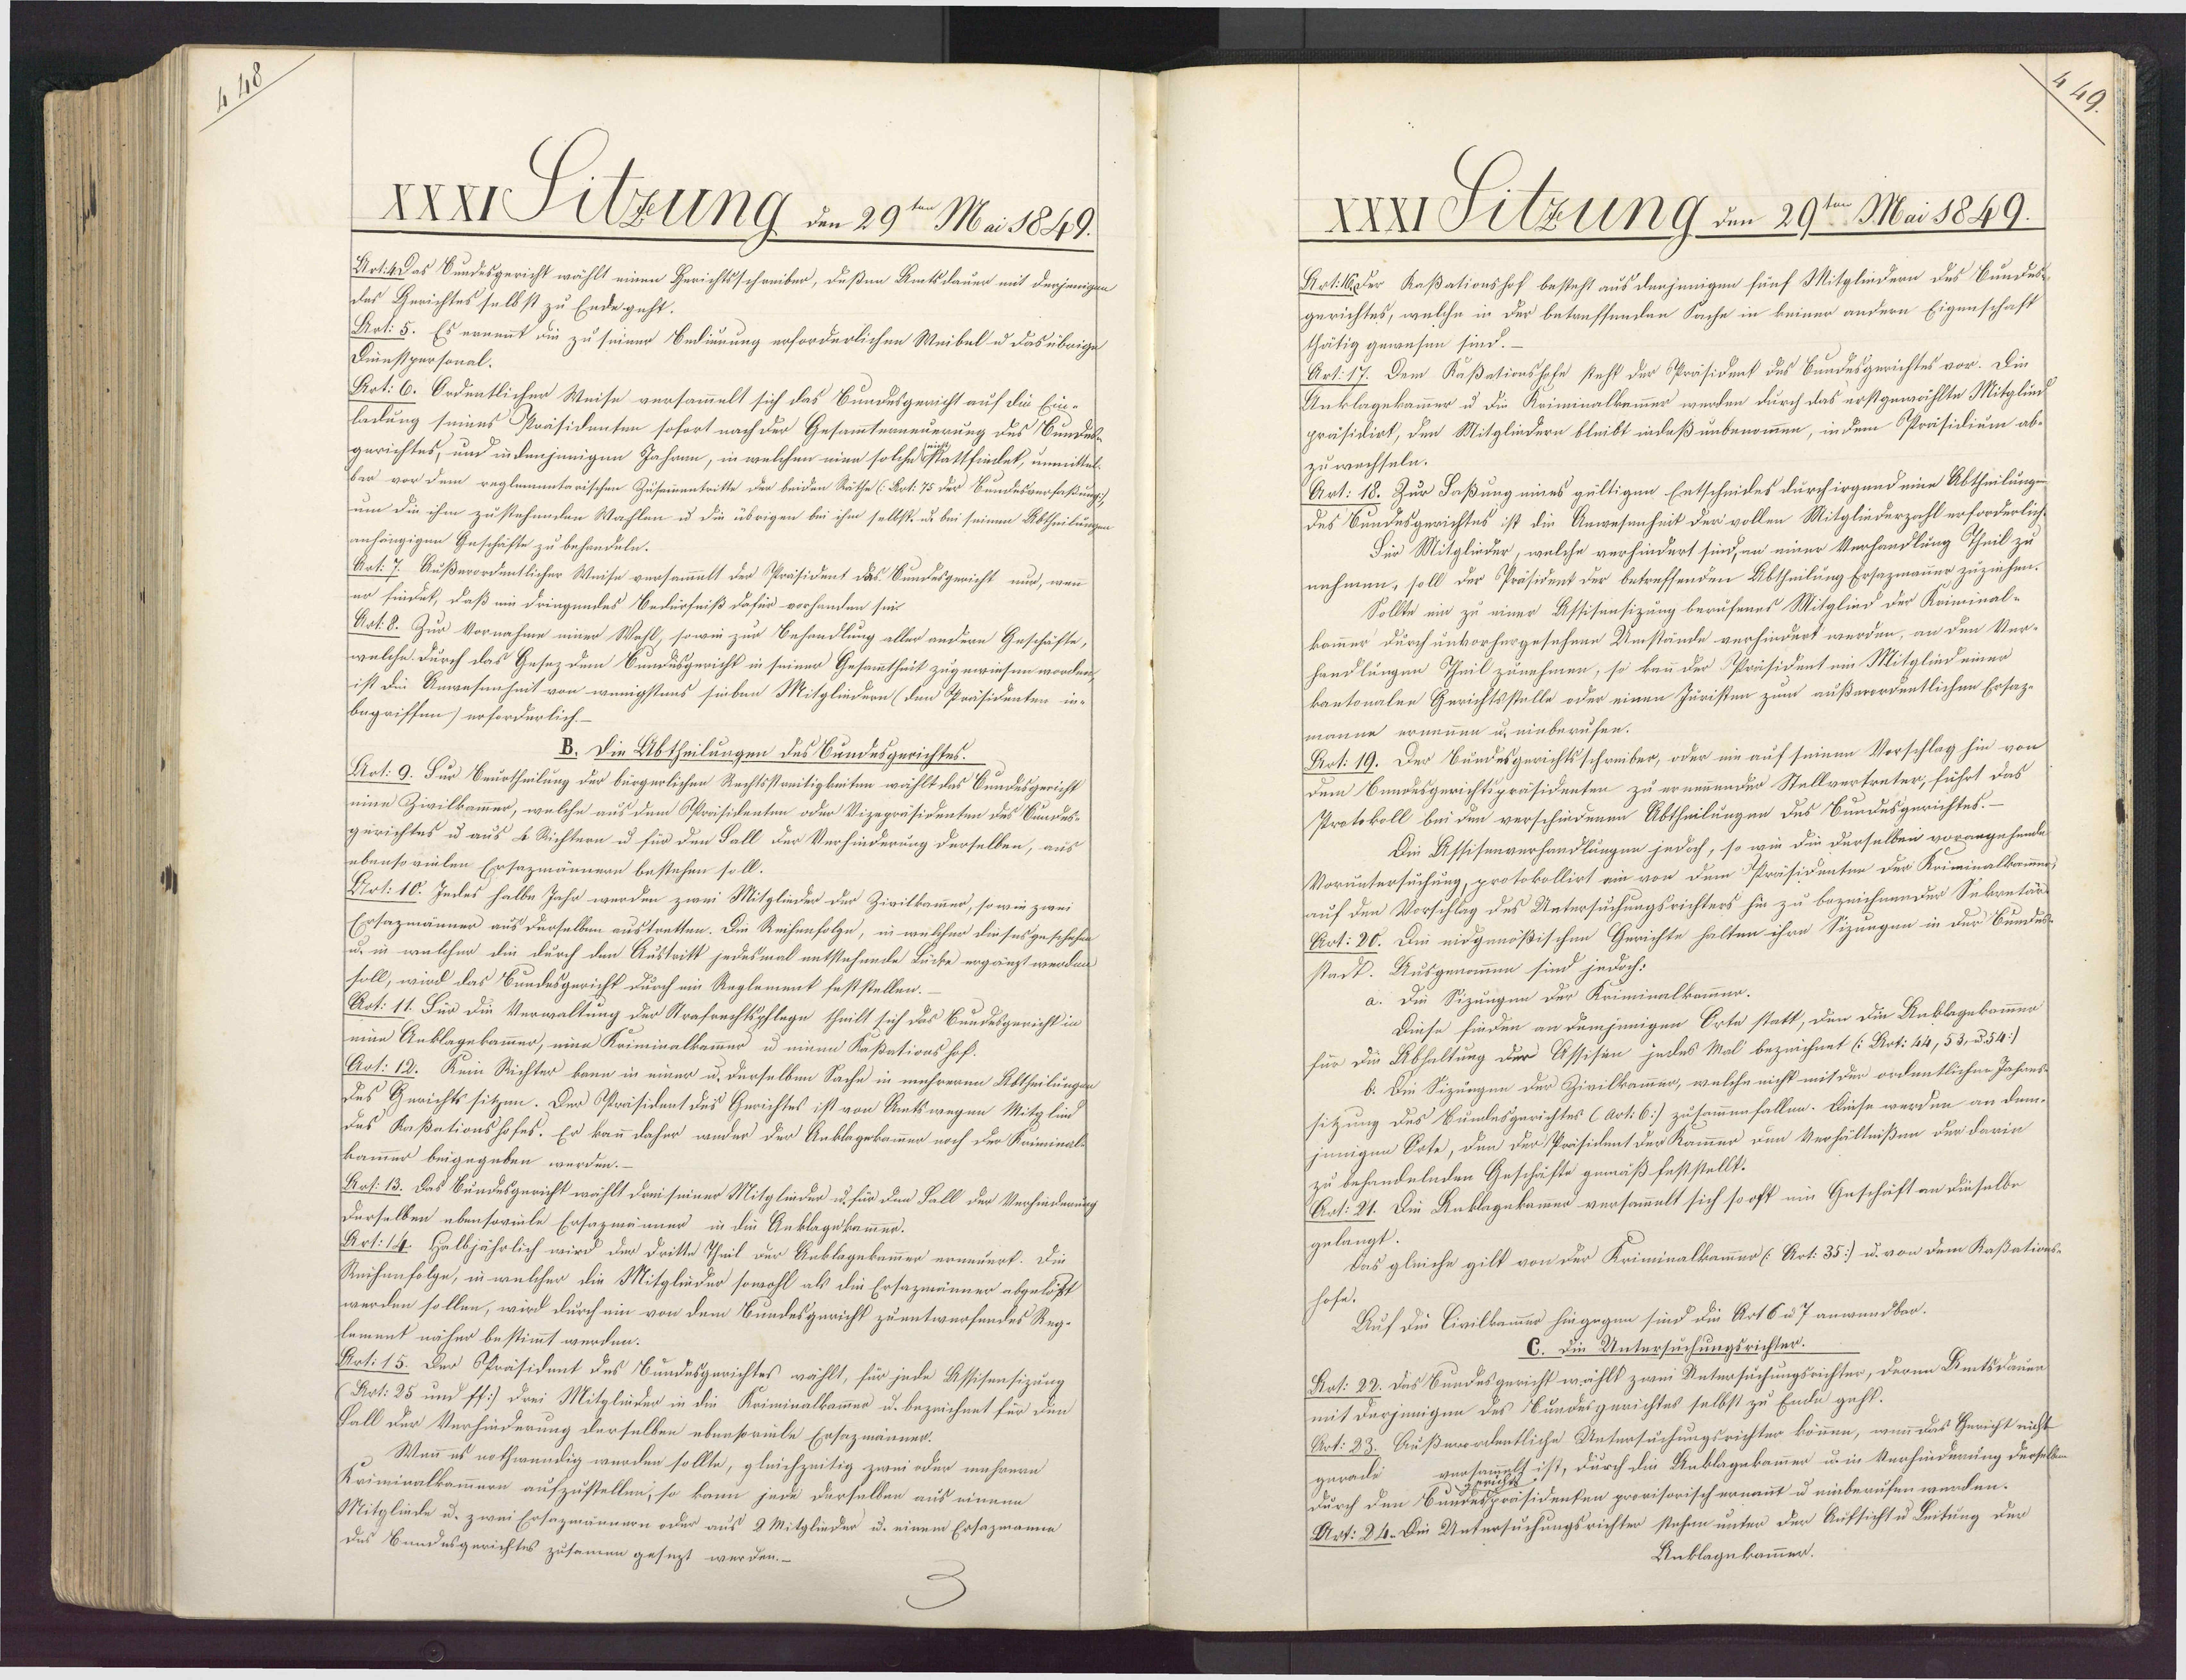
XXXISilzung den 29ten Mii 1849.
Art. 4 Das Sundesgericht wählt einen Berichtsschreiber, deßen Amtsdauer mit derjenigen
des Gerichtes selbst zu Ende geht.
Art: 5. Es ernennt die zu seiner Bedinnung erforderlichen Weibel u das übrige
Dinnstpersonal.
Art: 6. Ordentlicher Weise versammelt sich das Bundesgericht auf die Ein¬
ladung seines Präsidenten sofort nach der Gesammterneuerung des Bundeh-
gerichtes, und indenjenigen Jahren, in welchen eine solche stattfindet, unmittel¬
bar vor dem reglementarischen Zusemmentritte der beiden Räthe (Aot: 75 der Bundesverfaßung:
um die ihm zustehenden Wahlen u die übrigen bei ihm selbst u. bei seinen Abtheilungen
anhängigen Geschäfte zu behandeln.
Rat. 7. Außerordentlicher Weise versammelt der Präsident das Sundesgericht nud, wen
er findek, daß ein dringendes Bedürfniß dafür vorhanden sei
Ratd. Zu Vernahme eind Wahl, sowi zud Besendtung alles andiee Geschiste
welche durch das Gesez dem Bundesgericht in seiner Gesammtheit zugewiesen worden
ist die Anwesenheit von wenigstens sieben Mitgliedern (den Präsidenten in-
begriffen) erforderlich-
B. Die Abtheilungen des Bundesgerichtes.
Art. 9. Fur Beurtheilung der bürgerlichen Rechtsstreitigkeiten wählt das Bundesgericht
eine Zivilkammer, welche aus dem Präsidenten oder Vizepräsidenten des Sundes¬
gerichtes u aus 4 Richtern u für den Fall der Verhinderung derselben, aus
ebenso vielen Ersazmännern bestehen soll.
Art: 10. Indes halbe Jahr werden zwei Mitglieder der Zivilkammer, so wie zwei
Ersazmänner aus derselben austretten. Die Reihenfolge, in welcher dieses geschehen
u. in welcher die durch den Austritt jedesmal entstehende Lücke ergänzt werden
soll, wird das Bundesgericht durch ein Reglement feststellen.
Aot: 11. Für die Verwaltung der Strafrechtspflege theilt sich das Bundesgericht in
eine Anklagekammer, eine Kriminalkammer u einem Kaßationshof¬
Art: 12. Kein Richter kann in einer u. derselben Sache in mehreren Abtheilungen
des Gerichtssitzen. Der Präsident des Gerichtes ist von Retswegen Mitglind-
das Kaßationshofes. Er kann daher wider der Anklagekammer noch der Kriminale
kammer beigegeben werden.
Ros: 13. Das Bundesgericht wählt drei seiner Mitglieder u. für den Fall der Verhinderung
Derselben ebensoviele Ersazmänner in die Anklagekammer.
Art: 14. Halbjährlich wird der dritte Theil der Anklagekammer erneuert. Die
Rechenfolge, in welcher die Mitglider sowohl als die Ersazmänner abgelöft
werden sollen, wird durch ein von dem Bundesgericht zuentwerfendes Reg¬
lement näher bestimmt werden.
Rot. 15. Ded Ppräsident des Bundesgerichtes wählt, für jede Ussisensigung
Art: 25 und ff:] drei Mitglinder in die Kriminalkammer u. bezeichnet für den
Fall der Verhinderung derselben ebensovuele Ersazmänner.
Wenn es nothwendig werden sollte, gleichzeitig zwei oder mehrern
Kriminalkammern aufzustellen, so kann jede derselben aus einem
MMitglinde u. zwei Ersazmännern oder aus 8 Mitglieder u. einem Ersazmanne
des Bundesgerichtes zusamen gesezt werden.

XXXI Sitzung den 29ten Mai 1849.
Rot. 16 Der Kaßationshof besteht aus denjenigen fünf Mitgliedern des Bundes
gerichtes, welche in der betreffenden Sache in keiner andern Eigenschaft
thätig gewesen sind.
Art. 17. Dem Kaßationshofe steht der Präsident des Bundesgerichtes vor. Die
Anklagekammer u die Kriminalkemmer werden durch das erstgewählte Mitglied
präsidirt, den Mitgliedern bleibt indaß unbenommen, in dem Präsidium ab¬
zu wechseln.
Art: 18. Zur Faßung eines gültigen Entscheides durchirgend eine Abtheilung
des Sundesgerichtes ist die Anwesenheit der vollen Mitgliederzahl erforderlich
Der Mitglieder, welche verhindert sind, an einer Verhandlung Theil zu
nehmen, soll der Präsident der betreffenden Abtheilung Ersazmauer zuziehen.
Sollte ein zu einer Affisensizung berufenes Mitglied der Kriminal-
kammer durch unvorhergesehene Umstände verhindert werden, an den Ver¬
handlungen Theil zunehmen, so kann der Präsident ein Mitglind einer
kantonalen Gerichtsstülle oder einen Juristen zum außerordentlichen Ersaz¬
manne ernennen u. einberufen.
Pot: 19. Der Bundesgerichtsschreiber, oder nin auf seinen Vorschlag hin von
dem Bundesgerichtspräsidenten zu ernennender Stellvertreter, führt das
Protokoll bei den verschiedenen Abtheilungen des Sundesgerichtes.
Die Assisenverhandlungen jedoch, so wie die derselben vorangehende
Voruntersuchung, protokollirt ai von dem Präsidenten der Kriminalkammer,
auf den Vorschlag des Untersuchungsrichters hin zu bezeichnender Sekretär
Aot. 20. Die eidgenößischen Gerichte halten ihre Sizungen in der Bünder
stadt. Ausgenommen sind jedoch:
a. Die Sizungen der Kriminalkommer.
Diese finden an demjenigen Orte statt, den die Anklagekommen
für die Abhaltung der Assison jedes Mal bezeichnet (:Aot: 14, 53 u. 54.)
b. Die Sizungen der Zivilkammer, welche nicht mit der ordentlichen Jahans¬
sitzung des Bundesgerichtes (Art: 6] zusammenfallen. Diese werden an dem-
jnnigen Sote, den der Präsident der Kammer dmn Verhältnißen der darin
zu behandelnden Geschäfte gemäß feststellt.
Art: 21. Die Anklagekamer versammelt sich sooft um Geschäft an dieselbe
gelangt.
Das gleiche gilt von der Kriminalkammer (Art. 35) u. von dem Kaßations-
hofe.
Auf die Civilkammer hingegen sind die Art6 u7 anwendbar.
C. die Untersuchungsrichter.
Rat: 22. das Bundesgericht wählt zwei Untersuchungsrichter, deren Amtsdauen
mit darjenigen des Sundesgerichtes selbst zu Endi geht.
Art: 23. Außeordentliche Untersuchungsrichter können, wenn das Gericht nicht
ersammelt ist, durch die Anklagekammer u. in Verhinderung derselben
gurade
durch den Bundespräsidenken provisorisch ernannt u einberufen werden.
Art: 24. Die Untersuchungsrichter stehen unter der Aufsicht u Leitung de
Anklagekammer

249